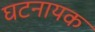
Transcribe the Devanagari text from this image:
घटनायक